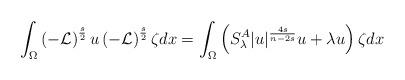
LaTeX: \begin{align*}\int_{\Omega }\left( -\mathcal{L}\right) ^{\frac{s}{2}}u\left( -\mathcal{L}\right) ^{\frac{s}{2}}\zeta dx=\int_{\Omega }\left( S^{A}_\lambda |u|^{\frac{4s}{n-2s}} u +\lambda u\right) \zeta dx \end{align*}